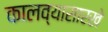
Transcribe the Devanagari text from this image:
कालव्यासारखे